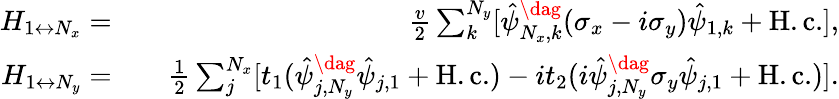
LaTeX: \begin{array}{rlr}{H_{1\leftrightarrow N_{x}}=}&{}&{\frac{v}{2}\sum_{k}^{N_{y}}[\hat{\psi}_{N_{x},k}^{\dag}(\sigma_{x}-i\sigma_{y})\hat{\psi}_{1,k}+\mathrm{H.c.}],}\\ {H_{1\leftrightarrow N_{y}}=}&{}&{\frac{1}{2}\sum_{j}^{N_{x}}[t_{1}(\hat{\psi}_{j,N_{y}}^{\dag}\hat{\psi}_{j,1}+\mathrm{H.c.})-it_{2}(i\hat{\psi}_{j,N_{y}}^{\dag}\sigma_{y}\hat{\psi}_{j,1}+\mathrm{H.c.})].}\end{array}